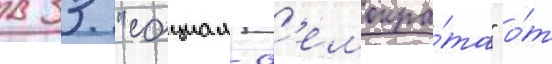
в 33 "социал-д'емокра́та" о́т